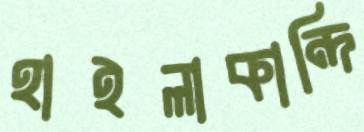
হাইলাকান্দি